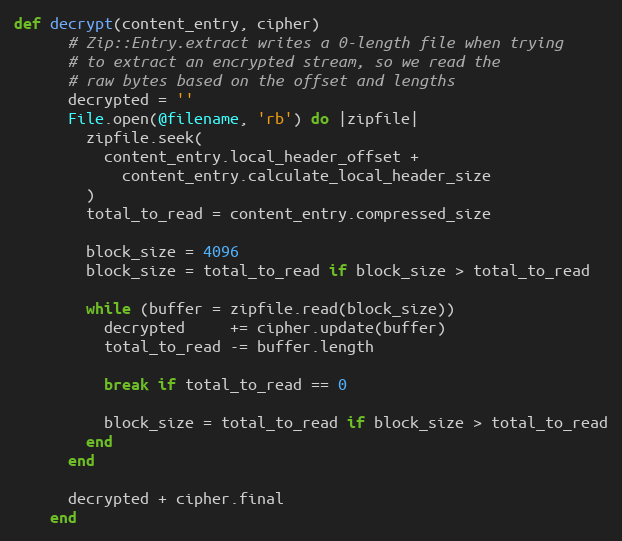
Language: Ruby
def decrypt(content_entry, cipher)
      # Zip::Entry.extract writes a 0-length file when trying
      # to extract an encrypted stream, so we read the
      # raw bytes based on the offset and lengths
      decrypted = ''
      File.open(@filename, 'rb') do |zipfile|
        zipfile.seek(
          content_entry.local_header_offset +
            content_entry.calculate_local_header_size
        )
        total_to_read = content_entry.compressed_size

        block_size = 4096
        block_size = total_to_read if block_size > total_to_read

        while (buffer = zipfile.read(block_size))
          decrypted     += cipher.update(buffer)
          total_to_read -= buffer.length

          break if total_to_read == 0

          block_size = total_to_read if block_size > total_to_read
        end
      end

      decrypted + cipher.final
    end